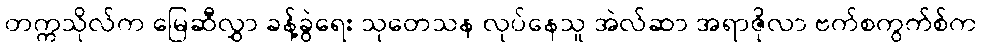
တက္ကသိုလ်က မြေဆီလွှာ ခန့်ခွဲရေး သုတေသန လုပ်နေသူ အဲလ်ဆာ အရာဇိုလာ ဗက်စကွက်စ်က